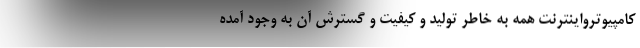
کامپیوترواینترنت همه به خاطر تولید و کیفیت و گسترش آن به وجود آمده